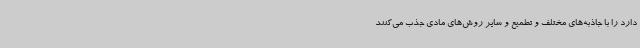
دارد را با جاذبه‌های مختلف و تطمیع و سایر روش‌های مادی جذب می‌کنند